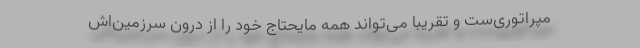
مپراتوری‌ست و تقریبا می‌تواند همه مایحتاج خود را از درون سرزمین‌اش